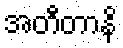
အတီတာနိ